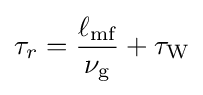
\tau _{r}={\frac {\ell _{\text{mf}}}{\nu _{\text{g}}}}+\tau _{\text{W}}